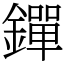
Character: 𨭐